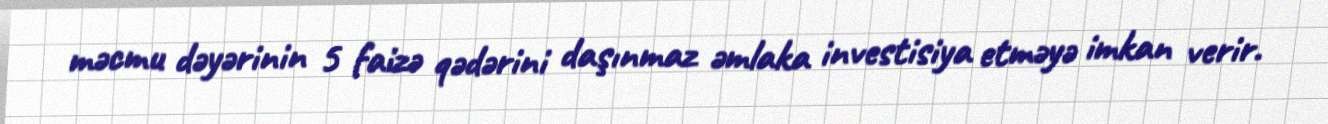
məcmu dəyərinin 5 faizə qədərini daşınmaz əmlaka investisiya etməyə imkan verir.